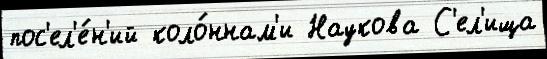
пос'ел'е́н'ий коло́ннам'и Наукова С'ел'ища